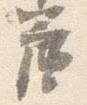
簾